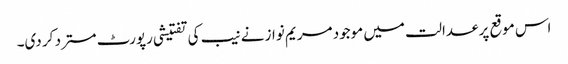
اس موقع پر عدالت میں موجود مریم نواز نے نیب کی تفتیشی رپورٹ مسترد کر دی۔